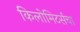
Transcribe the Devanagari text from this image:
किलोमिटर्सचा